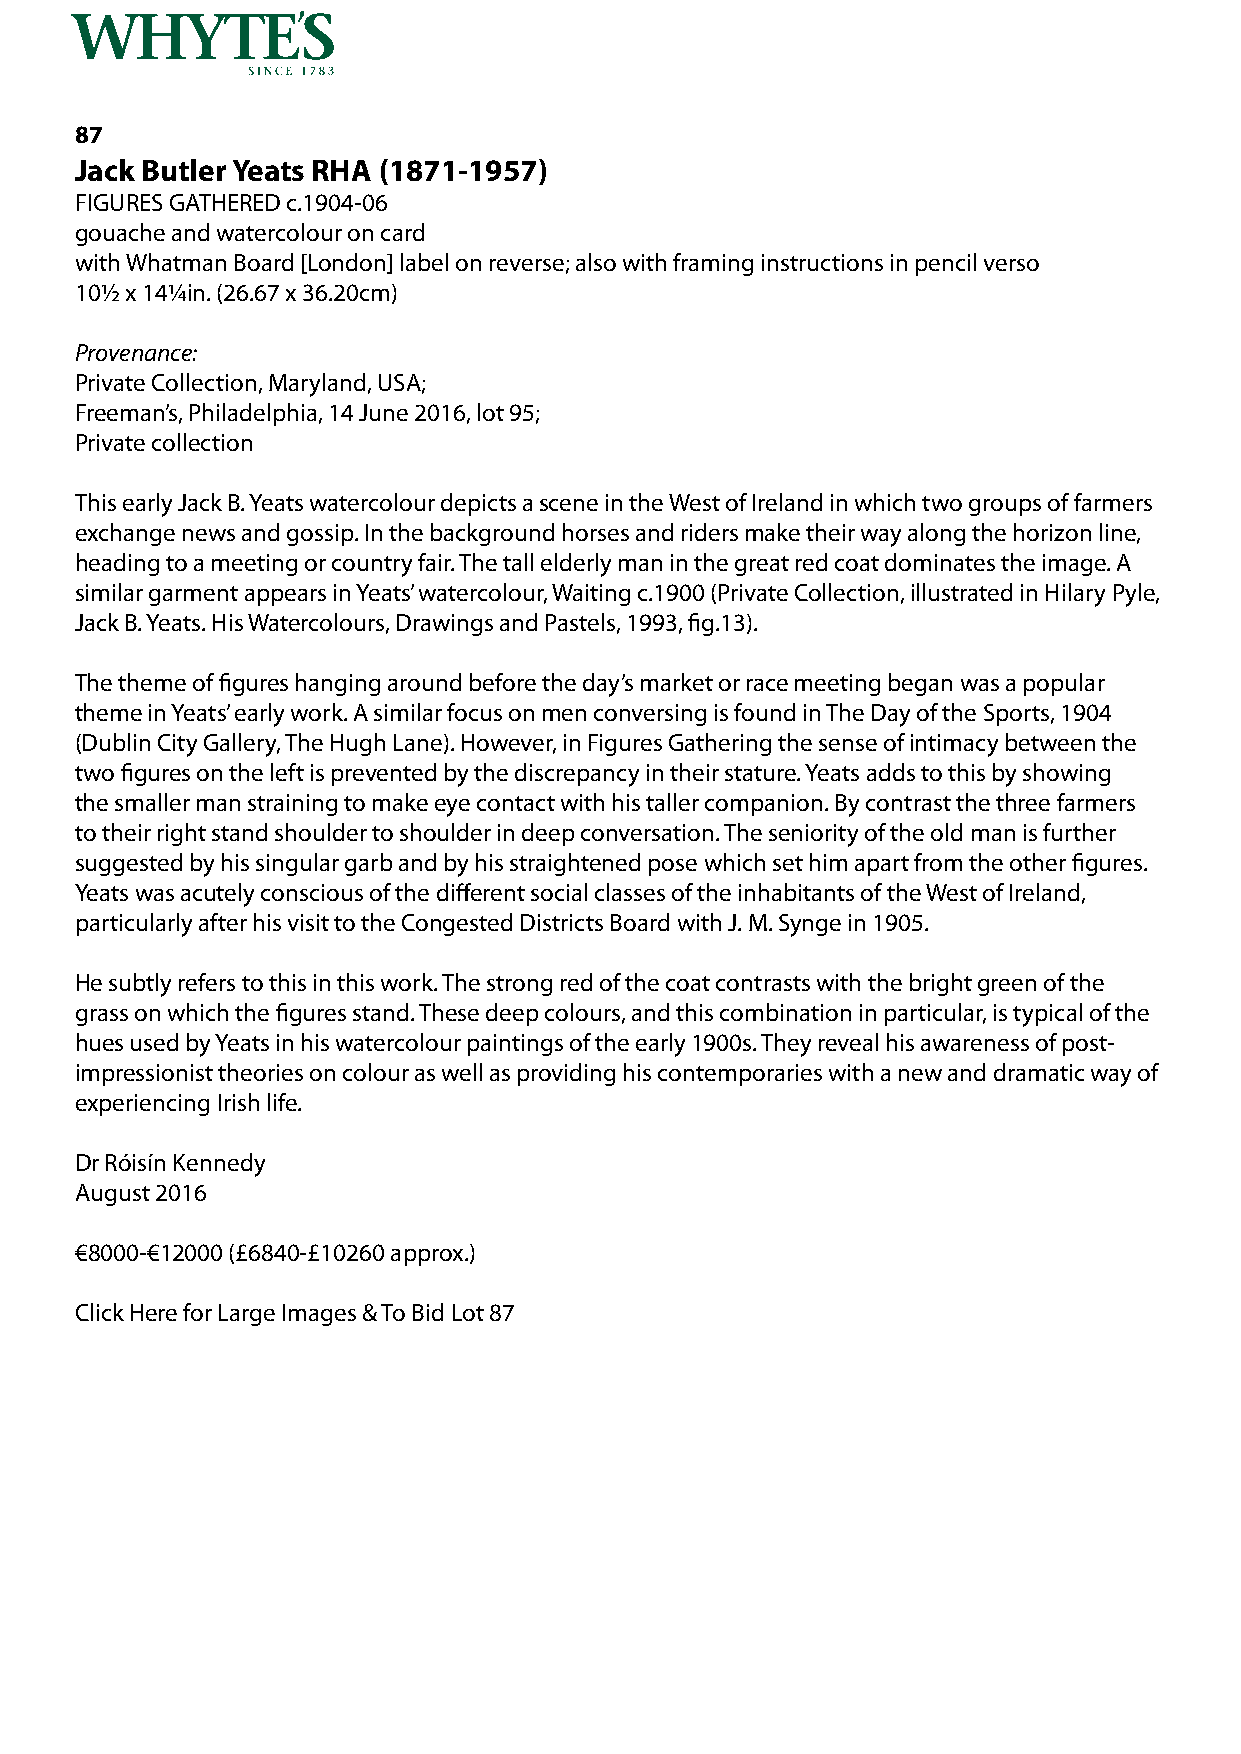
87
 Jack Butler Yeats RHA (1871-1957)
 FIGURES GATHERED c.1904-06
 gouache and watercolour on card
 with Whatman Board [London] label on reverse; also with framing instructions in pencil verso
 10½ x 14¼in. (26.67 x 36.20cm)
 Provenance:
 Private Collection, Maryland, USA;
 Freeman’s, Philadelphia, 14 June 2016, lot 95;
 Private collection
 This early Jack B. Yeats watercolour depicts a scene in the West of Ireland in which two groups of farmers
 exchange news and gossip. In the background horses and riders make their way along the horizon line,
 heading to a meeting or country fair. The tall elderly man in the great red coat dominates the image. A
 similar garment appears in Yeats’ watercolour, Waiting c.1900 (Private Collection, illustrated in Hilary Pyle,
 Jack B. Yeats. His Watercolours, Drawings and Pastels, 1993, fig.13).
 The theme of figures hanging around before the day’s market or race meeting began was a popular
 theme in Yeats’ early work. A similar focus on men conversing is found in The Day of the Sports, 1904
 (Dublin City Gallery, The Hugh Lane). However, in Figures Gathering the sense of intimacy between the
 two figures on the left is prevented by the discrepancy in their stature. Yeats adds to this by showing
 the smaller man straining to make eye contact with his taller companion. By contrast the three farmers
 to their right stand shoulder to shoulder in deep conversation. The seniority of the old man is further
 suggested by his singular garb and by his straightened pose which set him apart from the other figures.
 Yeats was acutely conscious of the different social classes of the inhabitants of the West of Ireland,
 particularly after his visit to the Congested Districts Board with J. M. Synge in 1905.
 He subtly refers to this in this work. The strong red of the coat contrasts with the bright green of the
 grass on which the figures stand. These deep colours, and this combination in particular, is typical of the
 hues used by Yeats in his watercolour paintings of the early 1900s. They reveal his awareness of post-
 impressionist theories on colour as well as providing his contemporaries with a new and dramatic way of
 experiencing Irish life.
 Dr Róisín Kennedy
 August 2016
 €8000-€12000 (£6840-£10260 approx.)
 Click Here for Large Images & To Bid Lot 87